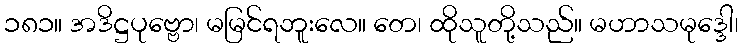
၁၈၁။ အဒိဋ္ဌပုဗ္ဗော၊ မမြင်ရဘူးလေ။ တေ၊ ထိုသူတို့သည်။ မဟာသမုဒ္ဒေါ၊